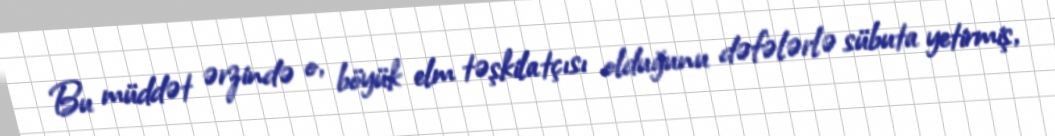
Bu müddət ərzində o, böyük elm təşkilatçısı olduğunu dəfələrlə sübuta yetirmiş,